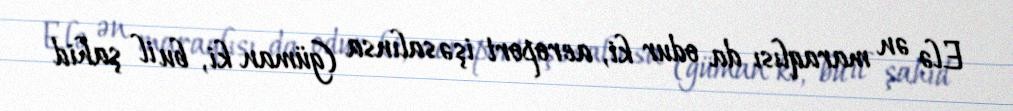
Elə ən maraqlısı da odur ki, aeroport işə salınsa (güman ki, bu il şahid